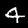
Label: 4